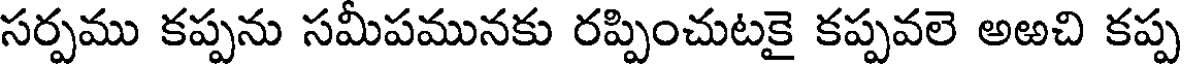
సర్పము కప్పను సమీపమునకు రప్పించుటకై కప్పవలె అఱచి కప్ప